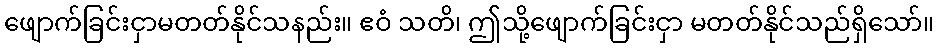
ဖျောက်ခြင်းငှာမတတ်နိုင်သနည်း။ ဧဝံ သတိ၊ ဤသို့ဖျောက်ခြင်းငှာ မတတ်နိုင်သည်ရှိသော်။